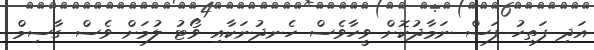
އަދި ފަތިހު ފަސް ނަމާދުކޮށް ވީހާވެސް ހެނދުނަކާއި ވޯޓު ލުމަށް ވެސް ގާސިމް